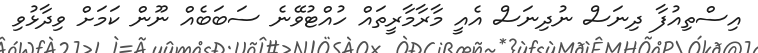
އިސްތިއުފާ ދިނަސް ނުދިނަސް އެއީ މާރާމާރީތައް ހުއްޓުވޭނެ ސަބަބެއް ނޫން ކަމަށް ވިދާޅުވި